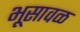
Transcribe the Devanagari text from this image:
भूसावळ